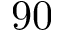
9 0